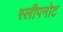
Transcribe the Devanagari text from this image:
स्लीपनोट